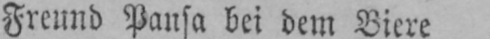
Freund Pansa bei dem Biere